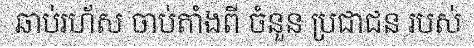
ឆាប់រហ័ស ចាប់តាំងពី ចំនួន ប្រជាជន របស់